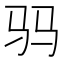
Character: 𱄿